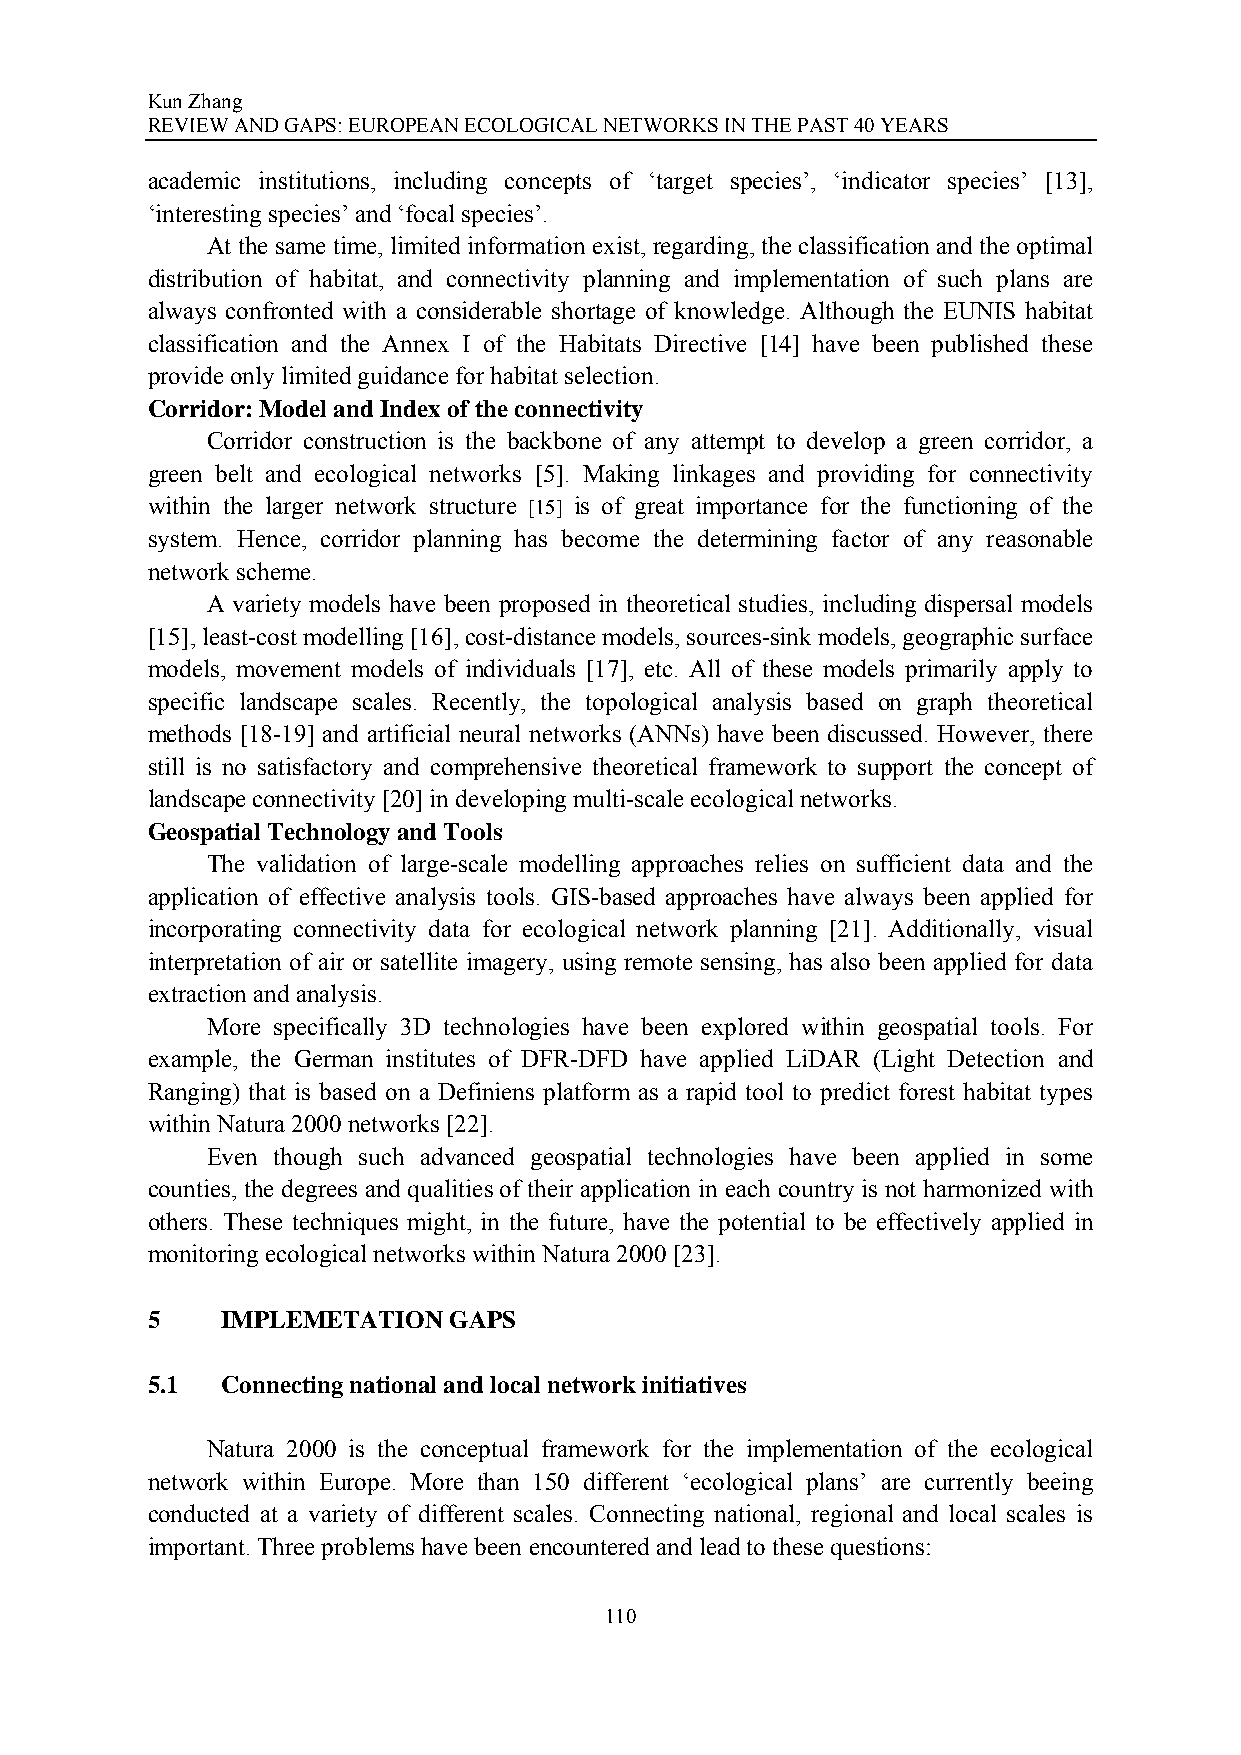
Kun Zhang
 REVIEW AND GAPS: EUROPEAN ECOLOGICAL NETWORKS IN THE PAST 40 YEARS
 academic institutions, including concepts of ‘target species’, ‘indicator species’ [13],
 ‘interesting species’ and ‘focal species’.
 At the same time, limited information exist, regarding, the classification and the optimal
 distribution of habitat, and connectivity planning and implementation of such plans are
 always confronted with a considerable shortage of knowledge. Although the EUNIS habitat
 classification and the Annex I of the Habitats Directive [14] have been published these
 provide only limited guidance for habitat selection.
 Corridor: Model and Index of the connectivity
 Corridor construction is the backbone of any attempt to develop a green corridor, a
 green belt and ecological networks [5]. Making linkages and providing for connectivity
 within the larger network structure [15] is of great importance for the functioning of the
 system. Hence, corridor planning has become the determining factor of any reasonable
 network scheme.
 A variety models have been proposed in theoretical studies, including dispersal models
 [15], least-cost modelling [16], cost-distance models, sources-sink models, geographic surface
 models, movement models of individuals [17], etc. All of these models primarily apply to
 specific landscape scales. Recently, the topological analysis based on graph theoretical
 methods [18-19] and artificial neural networks (ANNs) have been discussed. However, there
 still is no satisfactory and comprehensive theoretical framework to support the concept of
 landscape connectivity [20] in developing multi-scale ecological networks.
 Geospatial Technology and Tools
 The validation of large-scale modelling approaches relies on sufficient data and the
 application of effective analysis tools. GIS-based approaches have always been applied for
 incorporating connectivity data for ecological network planning [21]. Additionally, visual
 interpretation of air or satellite imagery, using remote sensing, has also been applied for data
 extraction and analysis.
 More specifically 3D technologies have been explored within geospatial tools. For
 example, the German institutes of DFR-DFD have applied LiDAR (Light Detection and
 Ranging) that is based on a Definiens platform as a rapid tool to predict forest habitat types
 within Natura 2000 networks [22].
 Even though such advanced geospatial technologies have been applied in some
 counties, the degrees and qualities of their application in each country is not harmonized with
 others. These techniques might, in the future, have the potential to be effectively applied in
 monitoring ecological networks within Natura 2000 [23].
 5    IMPLEMETATION  GAPS
 5.1  Connecting national and local network initiatives
 Natura 2000 is the conceptual framework for the implementation of the ecological
 network within Europe. More than 150 different ‘ecological plans’ are currently beeing
 conducted at a variety of different scales. Connecting national, regional and local scales is
 important. Three problems have been encountered and lead to these questions:
 110